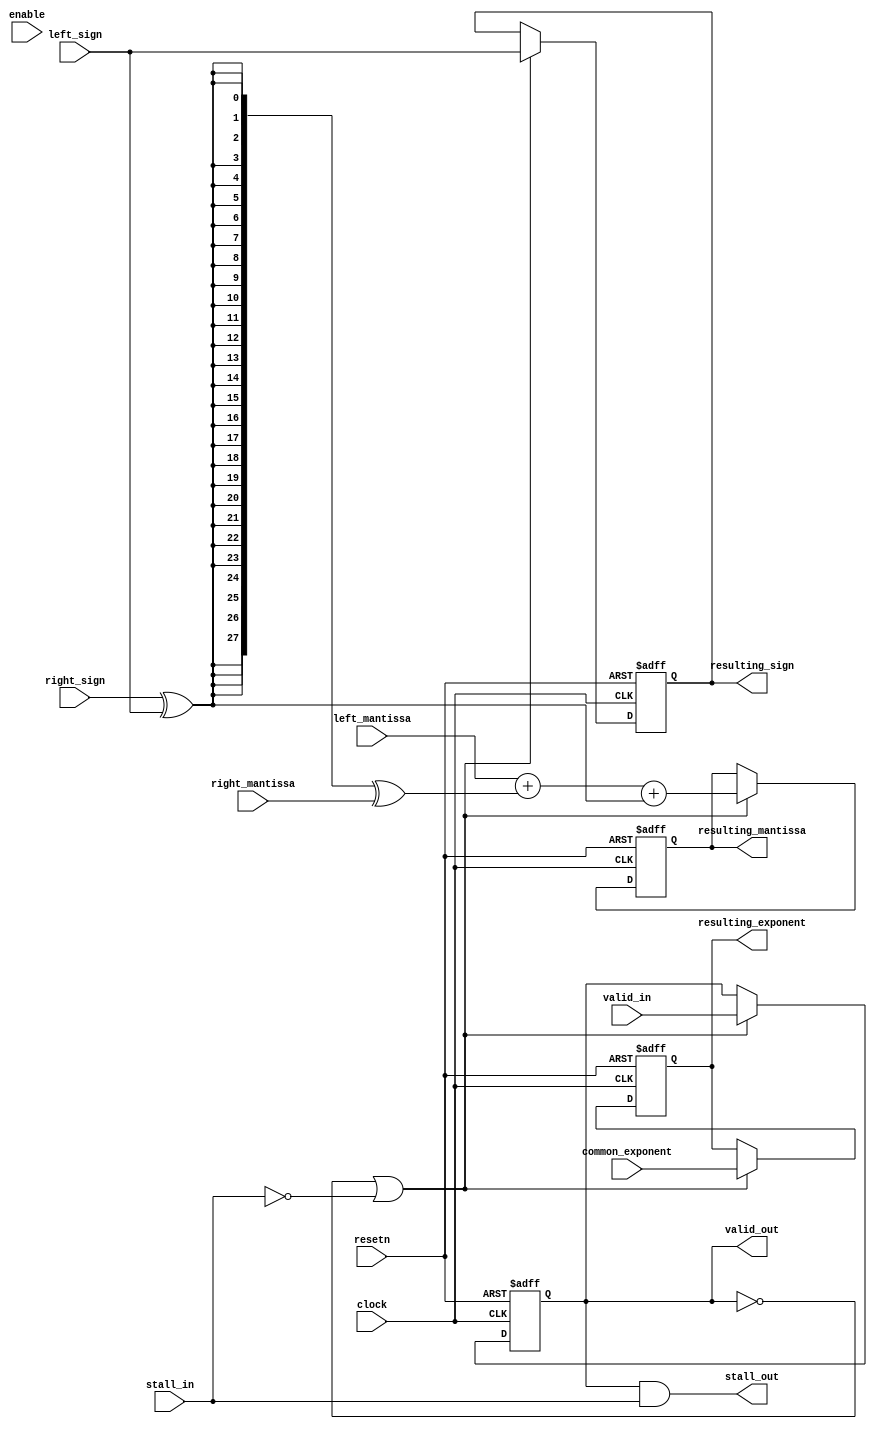
module acl_fp_custom_add_op(	clock, resetn, left_mantissa, right_mantissa, left_sign, right_sign, common_exponent,
										resulting_mantissa, resulting_exponent, resulting_sign,
										valid_in, valid_out, stall_in, stall_out, enable);

	parameter HIGH_CAPACITY = 1;
	
	// Latency = 1 cycle.
	input clock, resetn, left_sign, right_sign;
	input [26:0] left_mantissa;
	input [26:0] right_mantissa;
	input [8:0] common_exponent;
	input valid_in, stall_in, enable;
	(* altera_attribute = "-name auto_shift_register_recognition OFF" *) output reg [27:0] resulting_mantissa;
	(* altera_attribute = "-name auto_shift_register_recognition OFF" *) output reg [8:0] resulting_exponent;
	(* altera_attribute = "-name auto_shift_register_recognition OFF" *) output reg resulting_sign;
	(* altera_attribute = "-name auto_shift_register_recognition OFF" *) output reg valid_out;
	output stall_out;
	
	wire enable_add = (HIGH_CAPACITY==1) ? (~valid_out | ~stall_in) : enable;
	wire do_subtraction = right_sign ^ left_sign;
	assign stall_out = valid_out & stall_in;
	wire [27:0] op_ab = left_mantissa + ({28{do_subtraction}} ^ right_mantissa) + do_subtraction;
	
	always@(posedge clock or negedge resetn)
	begin
		if (~resetn)
		begin
			resulting_mantissa <= 28'bxxxxxxxxxxxxxxxxxxxxxxxxxxxx;
			resulting_exponent <= 9'bxxxxxxxx;
			resulting_sign <= 1'bx;
			valid_out <= 1'b0;
		end
		else if (enable_add)
		begin
			valid_out <= valid_in;
			resulting_mantissa <= op_ab;
			resulting_exponent <= common_exponent;
			resulting_sign <= left_sign;
		end
	end
	
endmodule